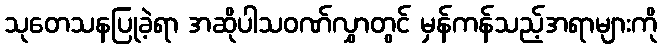
သုတေသနပြုခဲ့ရာ အဆိုပါသဝဏ်လွှာတွင် မှန်ကန်သည့်အရာများကို